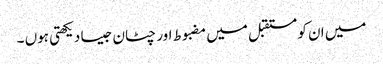
میں ان کو مستقبل میں مضبوط اور چٹان جیسا دیکھتی ہوں ۔